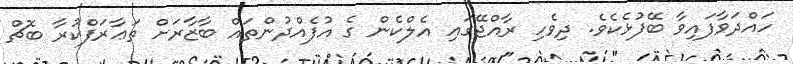
ހައްދަވާފައިވާ ބޭފުޅެކެވެ. ދިވެހި ރާއްޖޭގައި އެލްކެން ގެ އުފެއްދުންތައް ބާޒާރަށް ތަޢާރަފްކުރާ ބޮޗް